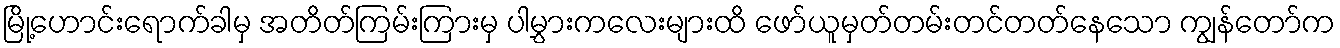
မြို့ဟောင်းရောက်ခါမှ အတိတ်ကြမ်းကြားမှ ပါမွှားကလေးများထိ ဖော်ယူမှတ်တမ်းတင်တတ်နေသော ကျွန်တော်က